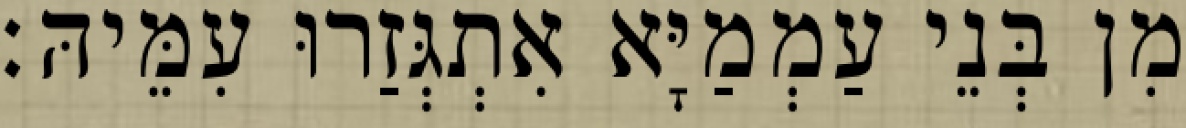
מִן בְּנֵי עַמְמַיָּא אִתְגְּזַרוּ עִמֵּיהּ׃